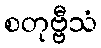
စတုဗ္ဗီသံ